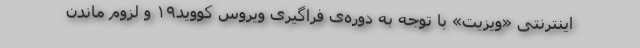
اینترنتی «ویزیت» با توجه به دوره‌ی فراگیری ویروس کووید۱۹ و لزوم ماندن